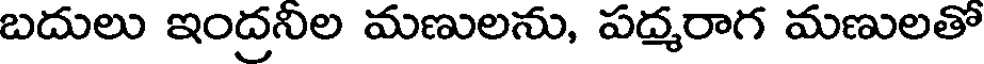
బదులు ఇంద్రనీల మణులను, పద్మరాగ మణులతో